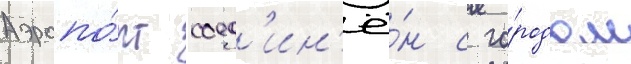
Аэропо́рт соед'ин'ё́н с го́родом